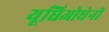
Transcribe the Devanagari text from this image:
यूघिओघेनी